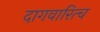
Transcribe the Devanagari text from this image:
दागवारित्च